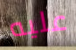
عليه